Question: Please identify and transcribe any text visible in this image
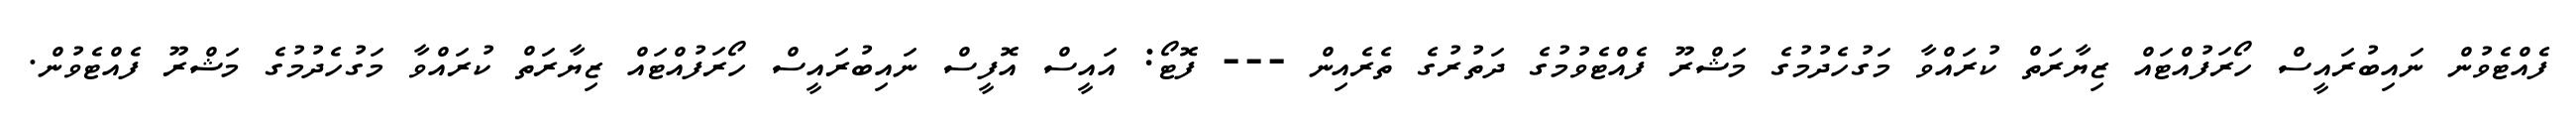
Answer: ފެއްޓެވުން ނައިބުރައީސް ހޯރަފުއްޓައް ޒިޔާރަތް ކުރައްވާ މަގުހެދުމުގެ މަޝްރޫ ފެއްޓެވުމުގެ ދަތުރުގެ ތެރެއިން --- ފޮޓޯ: އައީސް އޮފީސް ނައިބުރައީސް ހޯރަފުއްޓައް ޒިޔާރަތް ކުރައްވާ މަގުހެދުމުގެ މަޝްރޫ ފެއްޓެވުން.